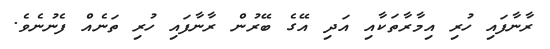
ރާނާފައި ހުރި އިމާރާތަކާއި އަދި އޭގެ ބޭރުން ރާނާފައި ހުރި ތަނެއް ފެނުނެވެ.